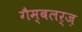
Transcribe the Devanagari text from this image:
गैम्बलर्ज़